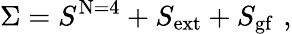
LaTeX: \Sigma=S^{\mathrm{N=4}}+S_{\mathrm{ext}}+S_{\mathrm{gf}}\, \, ,